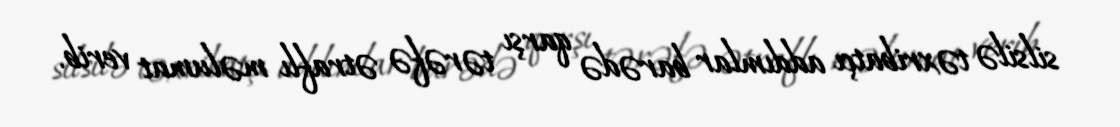
silsilə təxribatçı addımlar barədə qarşı tərəfə ətraflı məlumat verib.